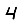
Digit: 4